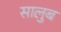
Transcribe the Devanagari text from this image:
सालुब